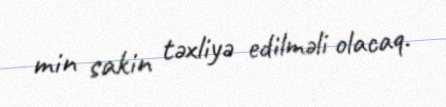
min sakin təxliyə edilməli olacaq.